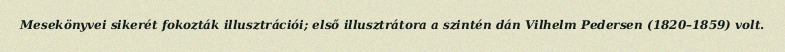
Mesekönyvei sikerét fokozták illusztrációi; első illusztrátora a szintén dán Vilhelm Pedersen (1820–1859) volt.